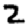
Digit: 2